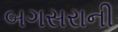
બગસરાની